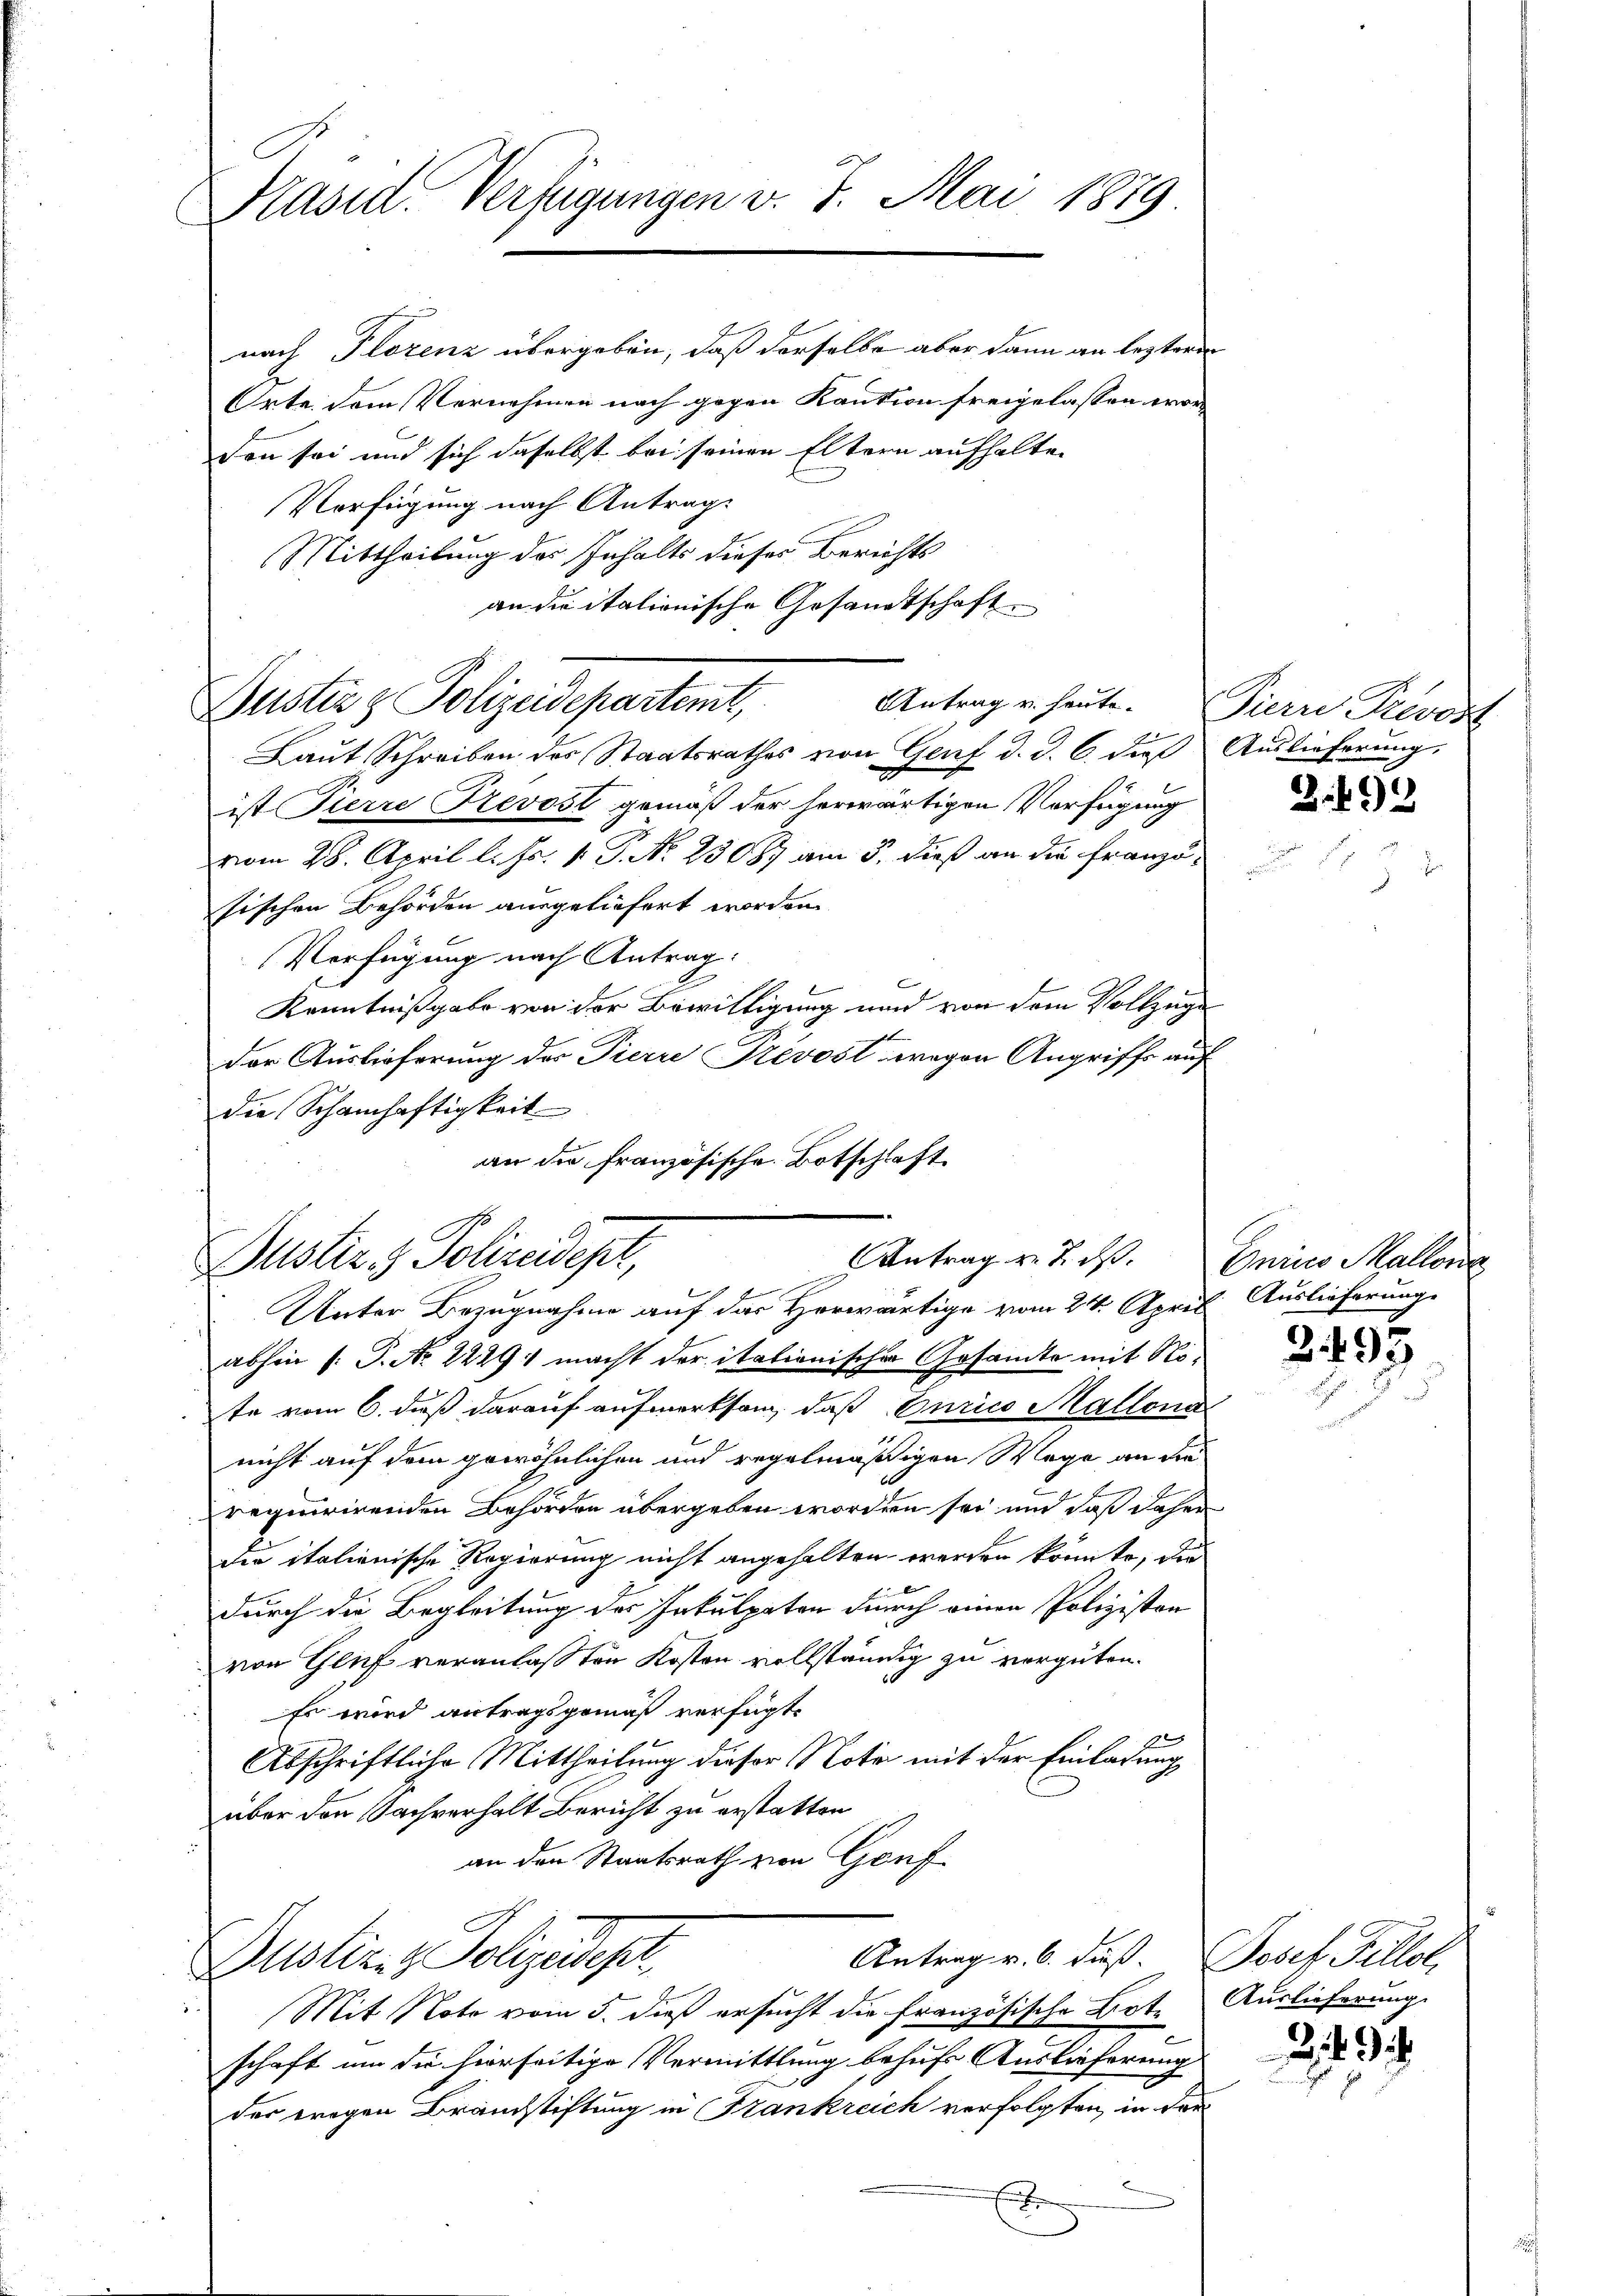
C
Präsid. Verfügungen v. 7. Mai 1879

nach Florenz übergeben, daß derselbe aber dann an lezteren
Orte dem Vernehmen nach gegen Kaution freigelassen worden sei und sich daselbst bei seinen Eltern aufhalten
Verfügung nach Antrage
Mittheilung des Inhalts dieses Berichts
an die itationische Gesandtschaft.
Laut Schreiben des Staatsrathes von Genf d. d. 6. dieß Auslieferung,
ist Fierre Revost gemäß der herwärtigen Verfügung
vom 28. April l. Js. v. P. N. 23089 am 5. dieß an die Franzö-
sischen Behörden ausgeliefert worden.
Verfügung nach Antrag:
Kenntnißgabe von der Bewilligung und von dem Vollzuge
Der Auslieferung des Pierre Prevost wegen Angriffe auf
die Schamhaftigkeit
an der französische Botschlaft

Dustiz & Polizeidepartemt,

Unter Bezugnahme auf das Horwärtige vom 24. April. Auslieferung
abhin 1. P. Nr. 2229) macht der italionischer Gesamte mit Note vom 6. dieß darauf aufmerksam, daß Eurico Mallona
nicht auf dem gewöhnlichen und regelmäßigen Wege an die
requirirenden Behörden übergeben worden sei und daß daher
Die italienische Regierung nicht angehalten werden könnte, die
durch die Begleitung des Inkulpaten durch einen Polizisten
von Gluf veranlaßten Kosten vollständig zu vergüten.
Es wird antragsgemäß verfügt:
Abschriftliche Mittheilung dieser Note mit der Einladung
über den Sachverhalt Bericht zu erstatten
an den Staatsrath von Genf
Antrag v. 6. daß. Josef Fillol,
Dustizen Polizeidept
Mit Noto vom 5. dieß ersucht die französische Bote Auslieferung
schaft um die hierseitige Vermittlung behufs Auslieferung
der Fragen Brandstiftung in Frankreich verfolgten, in der
Sommen
x

Antrag v. J. dß. Curico Mallon
Justiz- & Polizeidept,

Antrag u. heute. Viern Prevost

3.99

2495